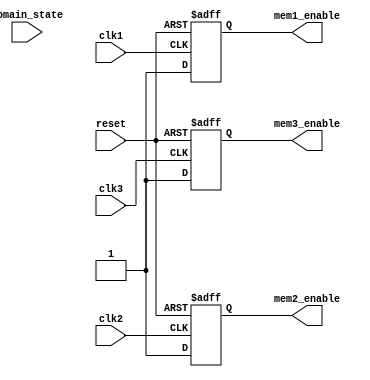
module memory_blocks_multiple_clock_domain_gating (
    input wire clk1,               // Clock domain 1
    input wire clk2,               // Clock domain 2
    input wire clk3,               // Clock domain 3
    input wire reset,              // Global reset
    input wire [1:0] domain_state, // State of each clock domain (00=active, 01=idle, 10=low power)
    
    // Memory block control signals
    output reg mem1_enable,        // Enable signal for Memory Block 1
    output reg mem2_enable,        // Enable signal for Memory Block 2
    output reg mem3_enable         // Enable signal for Memory Block 3
);

// Memory block read/write signals (optional)
reg mem1_write_enable;
reg mem2_write_enable;
reg mem3_write_enable;

// Gating logic based on clock domain activity
always @(posedge clk1 or posedge reset) begin
    if (reset) begin
        mem1_enable <= 1'b0; // Initially disable memory block
        mem1_write_enable <= 1'b0; // Disable write
    end else begin
        case (domain_state[0]) // Use least significant bit for clk1 state
            2'b00: begin // Active
                mem1_enable <= 1'b1;
                mem1_write_enable <= 1'b1; // Enable write
            end
            2'b01: begin // Idle
                mem1_enable <= 1'b1;
                mem1_write_enable <= 1'b0; // Disable write
            end
            2'b10: begin // Low Power
                mem1_enable <= 1'b0; // Disable memory block
                mem1_write_enable <= 1'b0; // Disable write
            end
            default: begin
                mem1_enable <= 1'b0; // Default to disable
                mem1_write_enable <= 1'b0; // Disable write
            end
        endcase
    end
end

always @(posedge clk2 or posedge reset) begin
    if (reset) begin
        mem2_enable <= 1'b0; // Initially disable memory block
        mem2_write_enable <= 1'b0; // Disable write
    end else begin
        case (domain_state[1]) // Use next bit for clk2 state
            2'b00: begin
                mem2_enable <= 1'b1;
                mem2_write_enable <= 1'b1; // Enable write
            end
            2'b01: begin
                mem2_enable <= 1'b1;
                mem2_write_enable <= 1'b0; // Disable write
            end
            2'b10: begin
                mem2_enable <= 1'b0; // Disable memory block
                mem2_write_enable <= 1'b0; // Disable write
            end
            default: begin
                mem2_enable <= 1'b0; // Default to disable
                mem2_write_enable <= 1'b0; // Disable write
            end
        endcase
    end
end

always @(posedge clk3 or posedge reset) begin
    if (reset) begin
        mem3_enable <= 1'b0; // Initially disable memory block
        mem3_write_enable <= 1'b0; // Disable write
    end else begin
        case (domain_state[1]) // Use last bit for clk3 state
            2'b00: begin
                mem3_enable <= 1'b1;
                mem3_write_enable <= 1'b1; // Enable write
            end
            2'b01: begin
                mem3_enable <= 1'b1;
                mem3_write_enable <= 1'b0; // Disable write
            end
            2'b10: begin
                mem3_enable <= 1'b0; // Disable memory block
                mem3_write_enable <= 1'b0; // Disable write
            end
            default: begin
                mem3_enable <= 1'b0; // Default to disable
                mem3_write_enable <= 1'b0; // Disable write
            end
        endcase
    end
end

endmodule